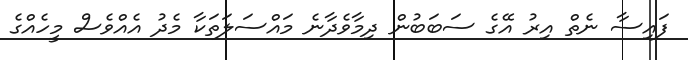
ފައިސާ ނެތް އިރު އޭގެ ސަބަބުން ދިމާވެދާނެ މައްސަލަތަކާ މެދު އެއްވެސް މީހެއްގެ